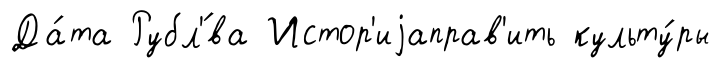
Да́та Рубл'́ва Истор'иjаправ'ить культу́ры